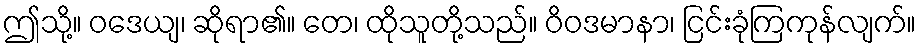
ဤသို့။ ဝဒေယျ၊ ဆိုရာ၏။ တေ၊ ထိုသူတို့သည်။ ဝိဝဒမာနာ၊ ငြင်းခုံကြကုန်လျက်။